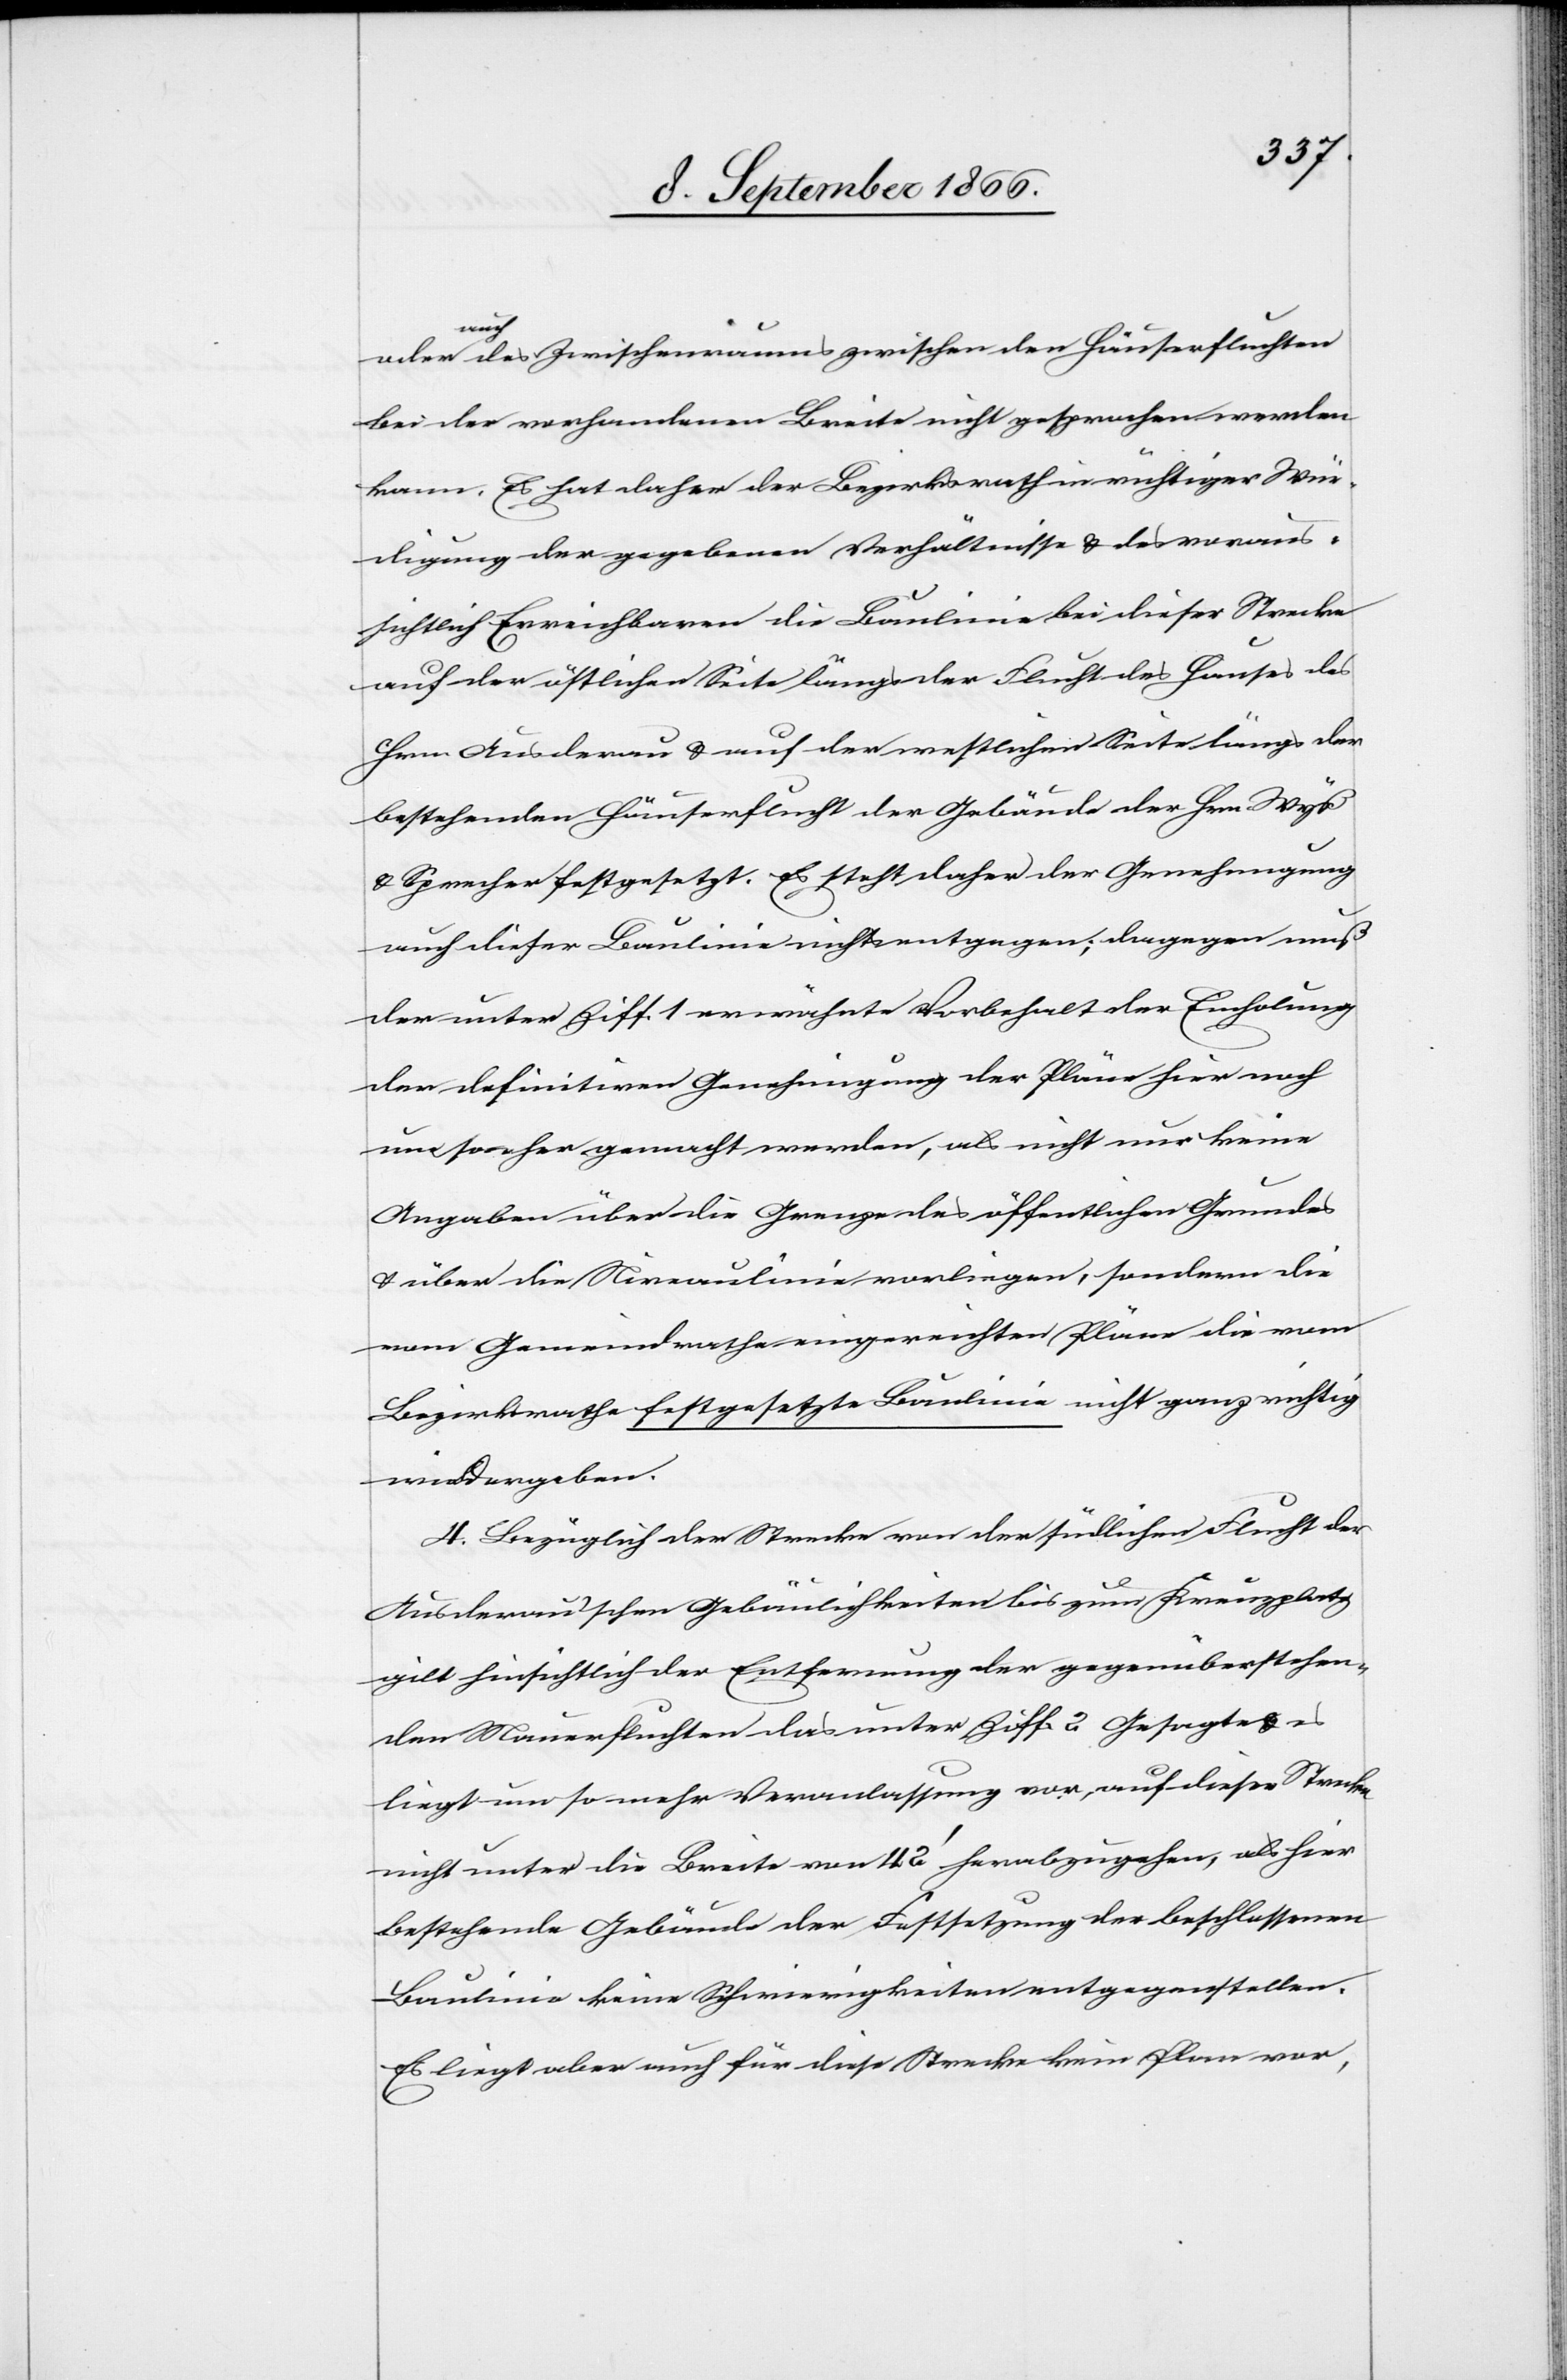
auch des Zwischenraumes zwischen den Häuserfluchten
bei der vorhandenen Breite nicht gesprochen werden
kann. Es hat daher der Bezirksrath in richtiger Wür¬
digung der gegebenen Verhältnisse u. des voraus¬
sichtlich Erreichbaren die Baulinie bei dieser Strecke
auf der östlichen Seite längs der Flucht des Hauses des
Hrn. Ausderau u. nach der westlichen Seite längs der
bestehenden Häuserflucht der Gebäude der Hrn.
u. Sprecher festgesetzt. Es steht daher der Genehmigung
auch dieser Baulinie nichts entgegen; dagegen muß
der unter Ziff. 1 erwähnte Vorbehalt der Einholung
der definitiven Genehmigung der Pläne hier noch
um so eher gemacht werden, als nicht nur keine
Angaben über die Grenze des öffentlichen Grundes
u. über die Niveaulinie vorliegen, sondern die
vom Gemeindrathe eingereichten Pläne die vom
Bezirksrathe festgesetzte Baulinie nicht ganz richtig
wiedergeben.
4. Bezüglich der Strecke von der südlichen Flucht der
Ausderau’schen Gebäulichkeiten bis zum Kreuzplatz
gilt hinsichtlich der Entfernung der gegenüberstehen¬
den Mauerfluchten das unter Ziff. 2 Gesagte u. es
liegt um so mehr Veranlassung vor, auf dieser Strecke
nicht unter die Breite von 42‘ herabzugehen, als hier
bestehende Gebäude der Festsetzung der beschlossenen
Baulinie keine Schwierigkeiten entgegenstehen.
Es liegt aber auch für diese Strecke kein Plan vor,